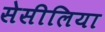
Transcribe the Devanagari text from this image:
सेसीलिया